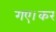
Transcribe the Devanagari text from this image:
गए।कर